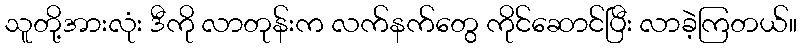
သူတို့အားလုံး ဒီကို လာတုန်းက လက်နက်တွေ ကိုင်ဆောင်ပြီး လာခဲ့ကြတယ်။